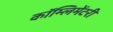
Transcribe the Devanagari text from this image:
कॉम्लिमेंटरी